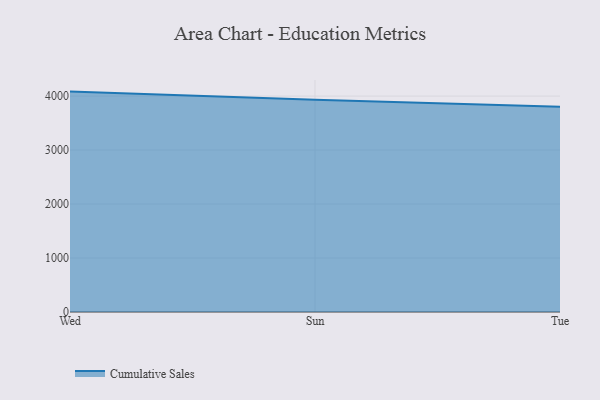
{"axis": {"x": "Day", "y": "Satisfaction Score"}, "legend": ["Cumulative Sales"], "data": [{"x": "Wed", "y": 4082.8, "type": "Cumulative Sales"}, {"x": "Sun", "y": 3933.6, "type": "Cumulative Sales"}, {"x": "Tue", "y": 3800.7, "type": "Cumulative Sales"}]}